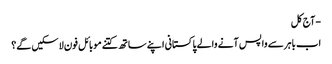
- آج کل
اب باہر سے واپس آنے والے پاکستانی اپنے ساتھ کتنے موبائل فون لاسکیں گے؟